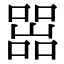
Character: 𡼚